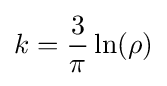
k={\frac {3}{\pi }}\ln(\rho )